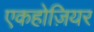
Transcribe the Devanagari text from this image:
एकहोज़ियर